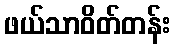
ဖယ်သာဝိတ်တန်း